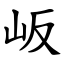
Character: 岅